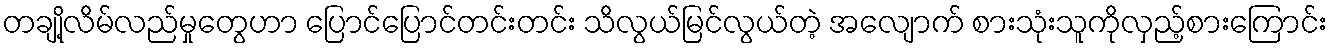
တချို့လိမ်လည်မှုတွေဟာ ပြောင်ပြောင်တင်းတင်း သိလွယ်မြင်လွယ်တဲ့ အလျောက် စားသုံးသူကိုလှည့်စားကြောင်း